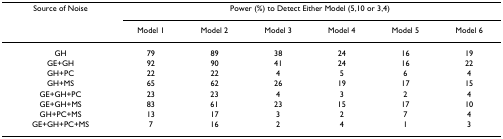
| Source of Noise | <COLSPAN=6> Power (%) to Detect Either Model (5,10 or 3,4) |
 |  | Model 1 | Model 2 | Model 3 | Model 4 | Model 5 | Model 6 |
 | --- | --- | --- | --- | --- | --- | --- |
 | GH | 79 | 89 | 38 | 24 | 16 | 19 |
 | GE+GH | 92 | 90 | 41 | 24 | 16 | 22 |
 | GH+PC | 22 | 22 | 4 | 5 | 6 | 4 |
 | GH+MS | 65 | 62 | 26 | 19 | 17 | 15 |
 | GE+GH+PC | 23 | 23 | 4 | 3 | 2 | 4 |
 | GE+GH+MS | 83 | 61 | 23 | 15 | 17 | 10 |
 | GH+PC+MS | 13 | 17 | 3 | 2 | 7 | 4 |
 | GE+GH+PC+MS | 7 | 16 | 2 | 4 | 1 | 3 |